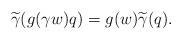
LaTeX: \begin{align*}\widetilde{\gamma}(g(\gamma w)q)=g(w)\widetilde{\gamma}(q).\end{align*}